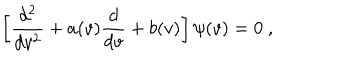
LaTeX: \left[ \frac { d ^ { 2 } } { d v ^ { 2 } } + a ( v ) \frac { d } { d v } + b ( v ) \right] \psi ( v ) = 0 ~ ,